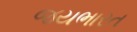
જયભારત